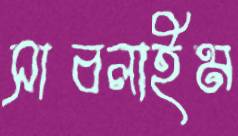
সাবলাইম